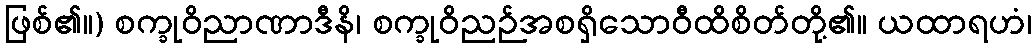
ဖြစ်၏။) စက္ခုဝိညာဏာဒီနိ၊ စက္ခုဝိညဉ်အစရှိသောဝီထိစိတ်တို့၏။ ယထာရဟံ၊